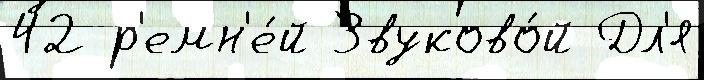
42 р'емн'е́й Звуково́й Дл'я